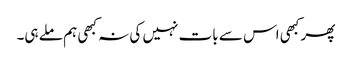
پھر کبھی اس سے بات نہیں کی نہ کبھی ہم ملے ہی۔